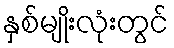
နှစ်မျိုးလုံးတွင်